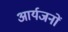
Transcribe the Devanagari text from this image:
आर्यजनों